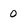
Character: 0